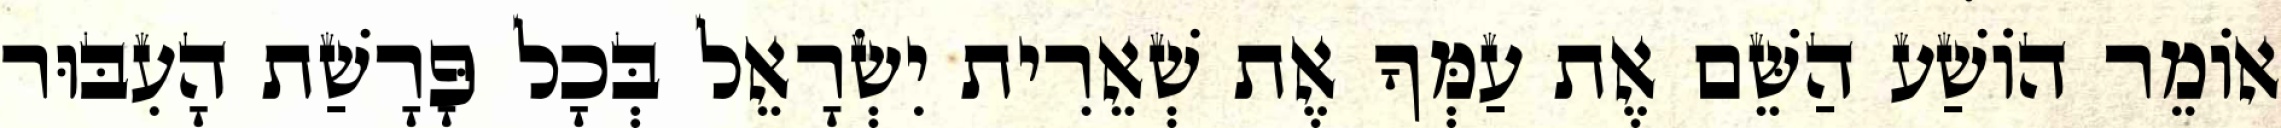
אוֹמֵר הוֹשַׁע הַשֵּׁם אֶת עַמְּךָ אֶת שְׁאֵרִית יִשְׂרָאֵל בְּכָל פָּרָשַׁת הָעִבּוּר